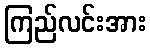
ကြည်လင်းအား